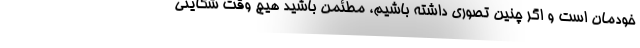
خودمان است و اگر چنین تصوری داشته باشیم، مطئمن باشید هیچ وقت شکایتی